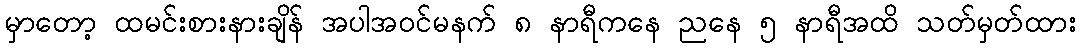
မှာတော့ ထမင်းစားနားချိန် အပါအဝင်မနက် ၈ နာရီကနေ ညနေ ၅ နာရီအထိ သတ်မှတ်ထား